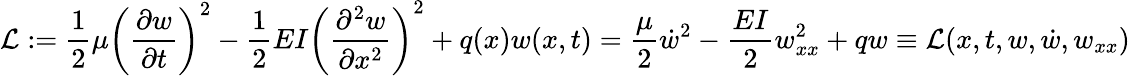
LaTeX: {\mathcal{L}}:={\frac{1}{2}}\mu\left({\frac{\partial w}{\partial t}}\right)^{2}-{\frac{1}{2}}EI\left({\frac{\partial^{2}w}{\partial x^{2}}}\right)^{2}+q(x)w(x,t)={\frac{\mu}{2}}{\dot{w}}^{2}-{\frac{EI}{2}}w_{xx}^{2}+qw\equiv{\mathcal{L}}(x,t,w,{\dot{w}},w_{xx})